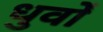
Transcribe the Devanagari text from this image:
धुर्वों